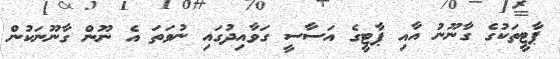
ޕާޓީތަކުގެ ގާނޫނު އާއި ޕާޓީގެ އަސާސީ ގަވާއިދުގައި ނުވަތަ އެ ނޫން ގާނޫނަކުން